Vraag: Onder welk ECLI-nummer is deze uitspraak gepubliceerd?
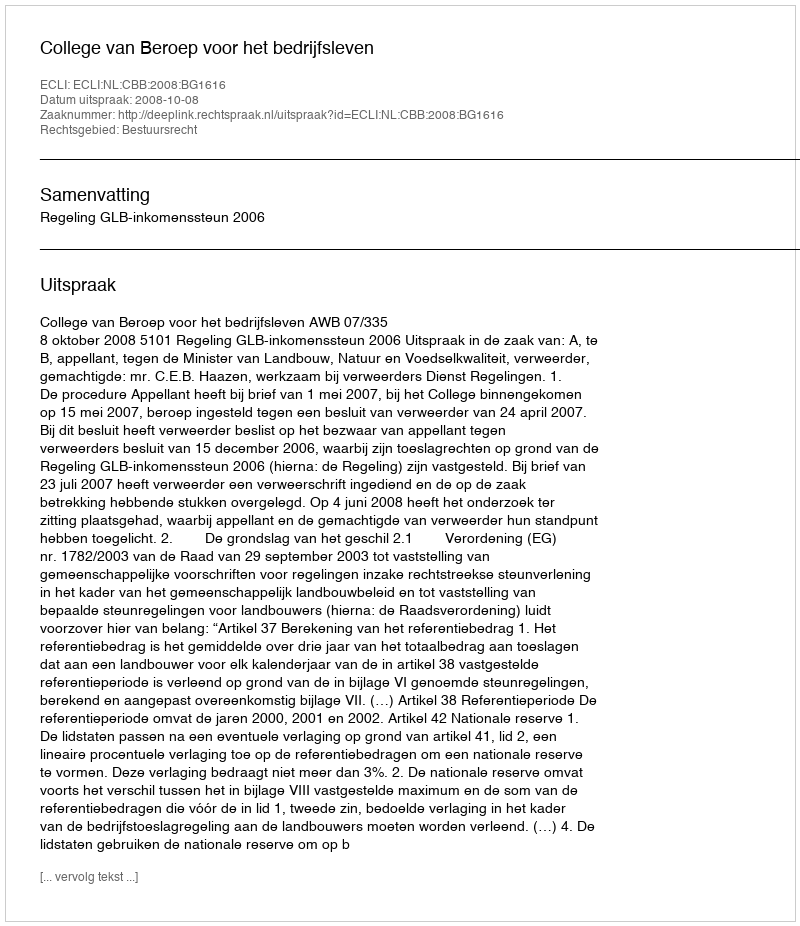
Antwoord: ECLI:NL:CBB:2008:BG1616